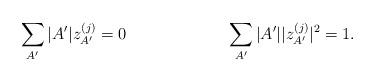
LaTeX: \begin{align*}\sum_{A'} |A'| z_{A'}^{(j)} &= 0&\sum_{A'} |A'| |z_{A'}^{(j)}|^2 &= 1.\end{align*}